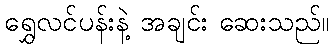
ရွှေလင်ပန်းနဲ့ အချင်း ဆေးသည်။